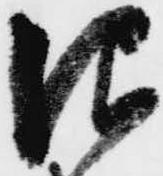
仰